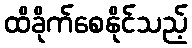
ထိခိုက်စေနိုင်သည့်